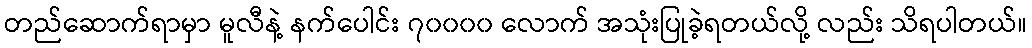
တည်ဆောက်ရာမှာ မူလီနဲ့ နက်ပေါင်း ၇၀၀၀၀ လောက် အသုံးပြုခဲ့ရတယ်လို့ လည်း သိရပါတယ်။